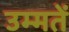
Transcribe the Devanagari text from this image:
उम्मतें